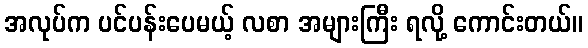
အလုပ်က ပင်ပန်းပေမယ့် လစာ အများကြီး ရလို့ ကောင်းတယ်။